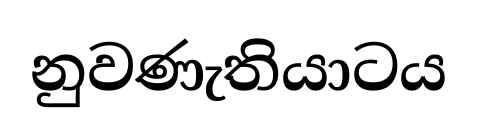
නුවණැතියාටය